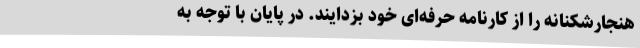
هنجارشکنانه را از کارنامه حرفه‌ای خود بزدایند. در پایان با توجه به